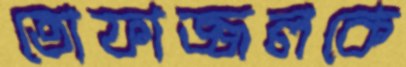
তোফাজ্জলকে